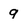
Character: 9